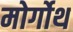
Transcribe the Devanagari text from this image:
मोर्गोथ